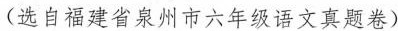
(选自福建省泉州市六年级语文真题卷)